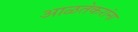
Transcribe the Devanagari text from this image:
आळतेकरांना